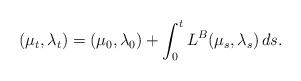
LaTeX: \begin{align*} (\mu_t, \lambda_t) = (\mu_0, \lambda_0) + \int^t_0 L^B(\mu_s, \lambda_s)\, ds.\end{align*}